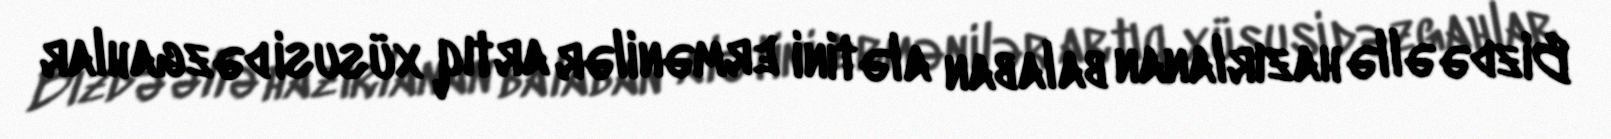
Bizdə əllə hazırlanan balaban alətini ermənilər artıq xüsusi dəzgahlar